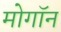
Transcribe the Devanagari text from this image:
मोगॉन